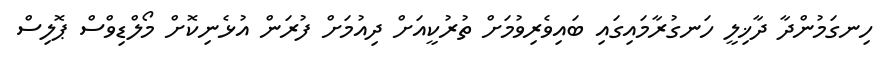
ހިނގަމުންދާ ދާޚިލީ ހަނގުރާމައިގައި ބައިވެރިވުމަށް ތުރުކީއަށް ދިއުމަށް ފުރަން އުޅެނިކޮށް މޯލްޑިވްސް ޕޮލިސް